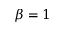
\beta = 1